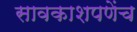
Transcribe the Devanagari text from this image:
सावकाशपणेंच